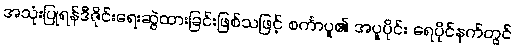
အသုံးပြုရန်ဒီဇိုင်းရေးဆွဲထားခြင်းဖြစ်သဖြင့် စင်္ကာပူ၏ အပူပိုင်း ရေပိုင်နက်တွင်